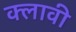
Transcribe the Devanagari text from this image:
क्लावी